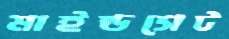
মাইন্ডসেট